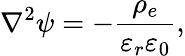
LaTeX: \nabla^{2}\psi=-\frac{\rho_{e}}{\varepsilon_{r}\varepsilon_{0}},